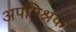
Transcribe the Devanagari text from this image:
अपमिश्रक